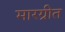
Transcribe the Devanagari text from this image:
मारग्रीत